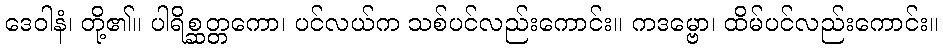
ဒေဝါနံ၊ တို့၏။ ပါရိစ္ဆတ္တကော၊ ပင်လယ်က သစ်ပင်လည်းကောင်း။ ကဒမ္ဗော၊ ထိမ်ပင်လည်းကောင်း။